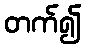
တက်၍